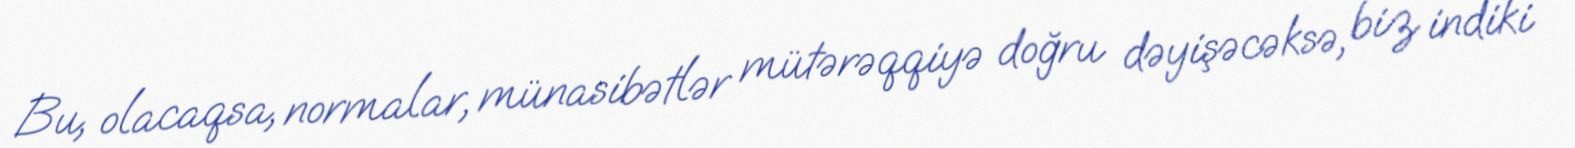
Bu, olacaqsa, normalar, münasibətlər mütərəqqiyə doğru dəyişəcəksə, biz indiki